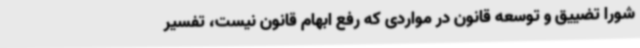
شورا تضییق و توسعه قانون در مواردی که رفع ابهام قانون نیست، تفسیر